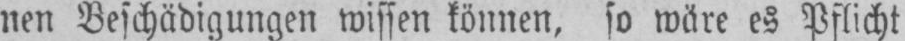
nen Beschädigungen wissen können, so wäre es Pflicht